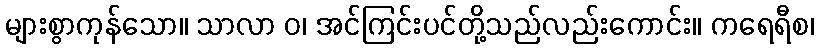
များစွာကုန်သော။ သာလာ ဝ၊ အင်ကြင်းပင်တို့သည်လည်းကောင်း။ ကရေရီစ၊